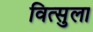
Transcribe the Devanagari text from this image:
वित्सुला